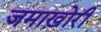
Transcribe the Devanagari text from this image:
जमाख़ोरी